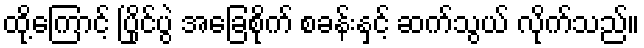
ထို့ကြောင့် ပြိုင်ပွဲ အခြေစိုက် စခန်းနှင့် ဆက်သွယ် လိုက်သည်။